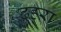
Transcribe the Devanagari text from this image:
ढहरा